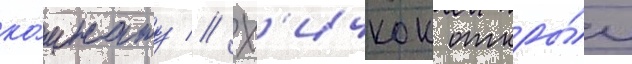
ко́мнату // Х'ичкок откры́л